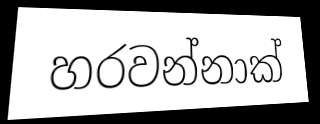
හරවන්නාක්